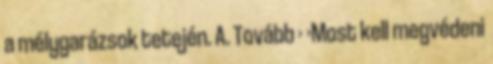
a mélygarázsok tetején. A. Tovább › ›Most kell megvédeni